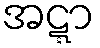
အဋ္ဋာ